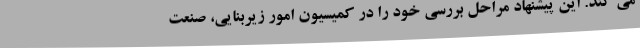
می کند. این پیشنهاد مراحل بررسی خود را در کمیسیون امور زیربنایی، صنعت